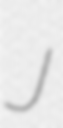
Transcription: J